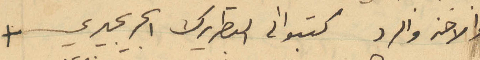
والاخذ والرد كتبوا الى البطريرك %%البحيري +